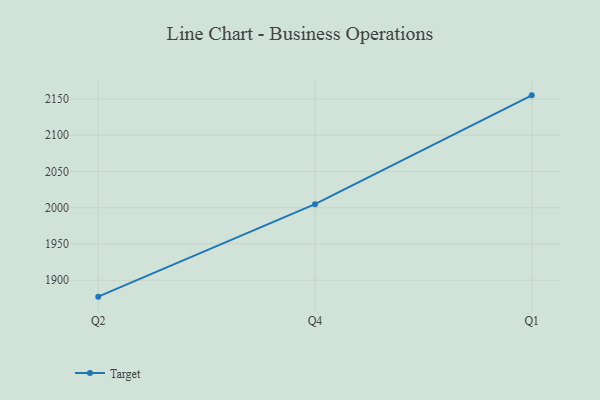
{"axis": {"x": "Quarter", "y": "Website Visitors"}, "legend": ["Target"], "data": [{"x": "Q2", "y": 1877.3, "type": "Target"}, {"x": "Q4", "y": 2004.9, "type": "Target"}, {"x": "Q1", "y": 2155.1, "type": "Target"}]}